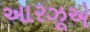
આરઝૂએ